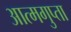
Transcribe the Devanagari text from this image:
आत्मगुप्ता